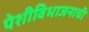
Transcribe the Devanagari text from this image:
पेशीविभाजनाची